Virumaa_algkoolid, lk 64
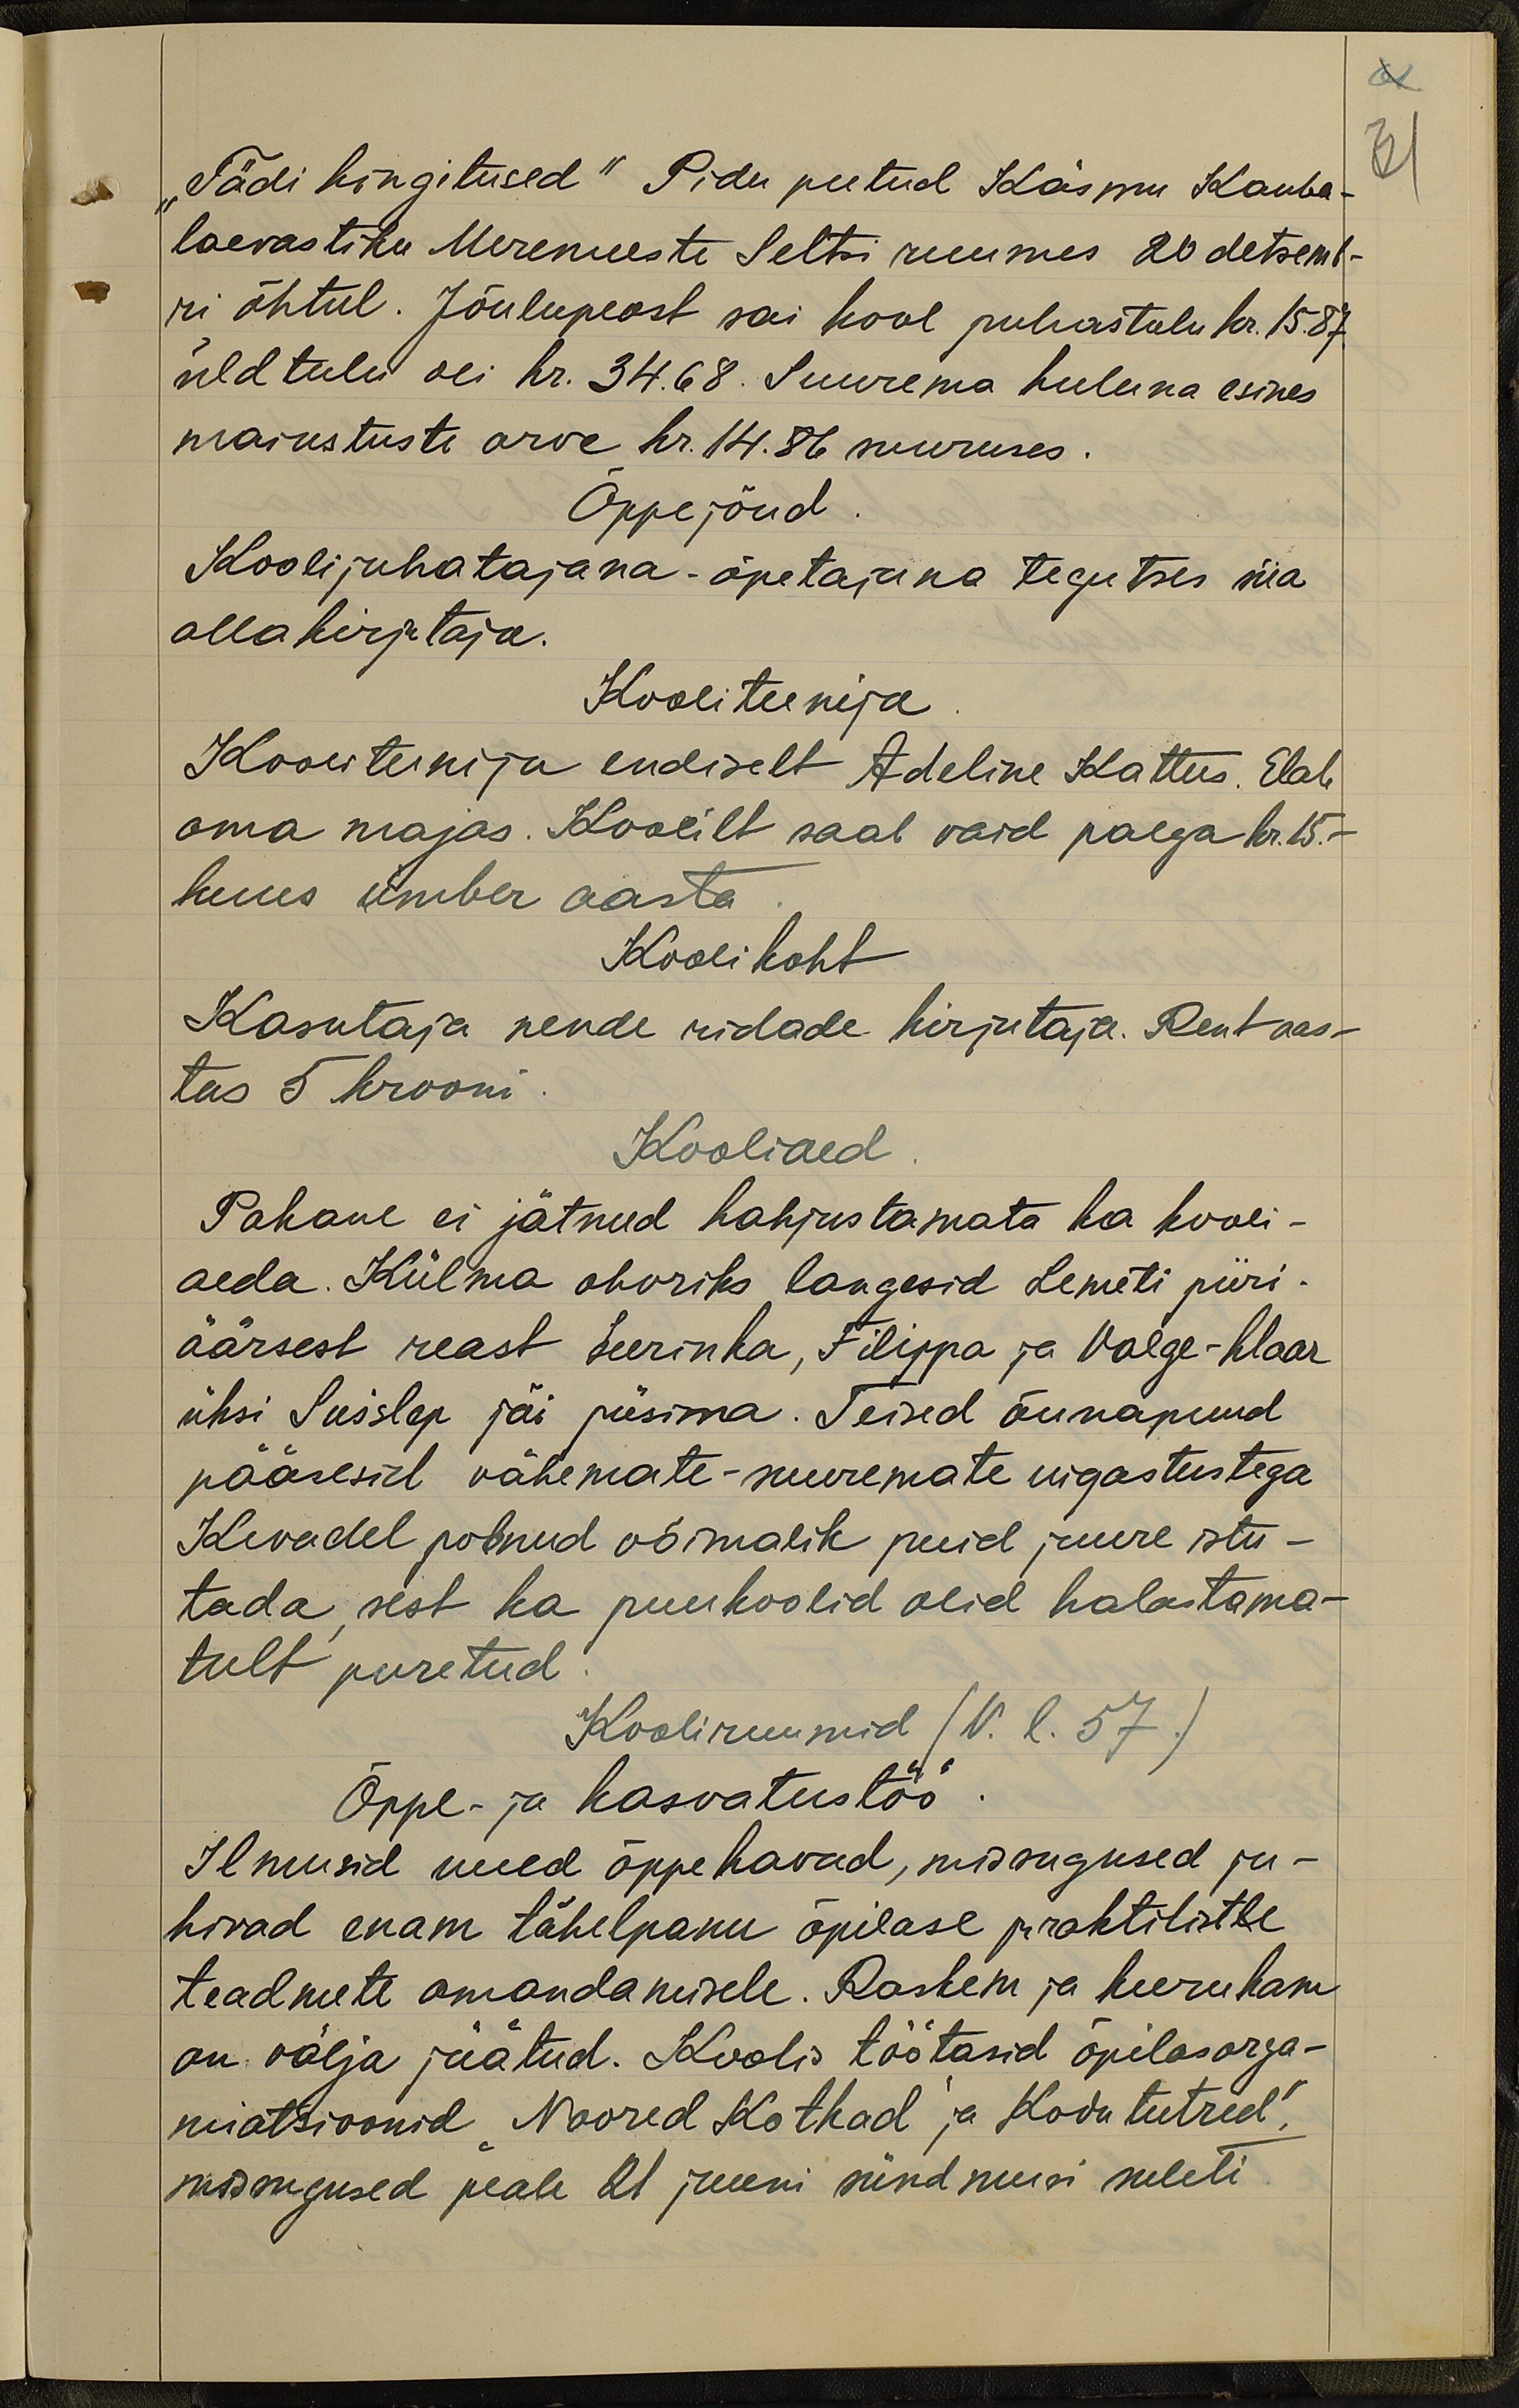
61
31

"Tädi kingitused" Pidu peetud Käsmu Kauba-
laevastiku Meremeeste Seltsi ruumes 20 detsemb-
ri õhtul. Jõulupeost sai kool puhastulu kr. 15.87.
üld tulu oli kr. 34.68. Suurema kuluna esines
maiustuste arve kr. 14.86 suuruses
Õppejõud.
Kooli juhatajana-õpetajana tegutses siia
allakirjutaja.
Kooliteenija
Kooliteenija endiselt Adeline Kattus. Elab
oma majas. Koolilt saab vaid palga kr. 15.-
kuus ümber aasta
Koolikoht
Kasutaja nende ridade kirjutaja. Rent aas-
tas 5 krooni.
Kooliaed
Pakane ei jätnud kahjustamata ka kooli-
aeda. Külma ohvriks langesid Lemeti piiri-
äärsest reast Seerinka, Filippa ja Valge-klaar
üksi Suislep jäi püsima. Teised õunapuud
pääsesid vähemate-suuremate vigastustega
Kevadel polnud võimalik puid juure istu-
tada, sest ka puukoolid olid halastama-
tult puretud.
Kooliruumid (V. l. 57.)
Õppe- ja kasvatustöö
Ilmusid uued õppekavad, missugused ju-
hivad enam tähelepanu õpilase praktilistle
teadmete omandamisele. Raskem ja keerukam
on välja jäätud. Koolis töötasid õpilasorga-
niatsioonid "Noored Kotkad" ja Kodu tütred",
missugused peale 21 juuni sündmusi suleti